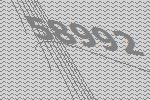
58992